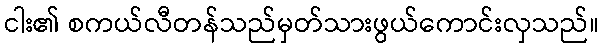
ငါး၏ စကယ်လီတန်သည်မှတ်သားဖွယ်ကောင်းလှသည်။